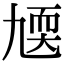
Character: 㐡